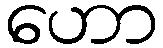
ဟော